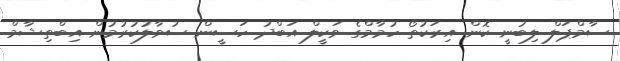
ސާމްޕަލް ލިބުނީ ކޮން އިރަކުތޯ ހުމާމްގެ ވަކީލް އަބްދު ހަސީން ސުވާލުކުރުމުން އިބްތިޝާމް